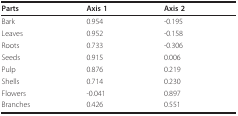
| Parts | Axis 1 | Axis 2 |
 | --- | --- | --- |
 | Bark | 0.954 | -0.195 |
 | Leaves | 0.952 | -0.158 |
 | Roots | 0.733 | -0.306 |
 | Seeds | 0.915 | 0.006 |
 | Pulp | 0.876 | 0.219 |
 | Shells | 0.714 | 0.230 |
 | Flowers | -0.041 | 0.897 |
 | Branches | 0.426 | 0.551 |